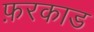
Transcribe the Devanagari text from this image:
फ़रकाड